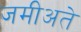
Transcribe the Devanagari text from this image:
जमीअते